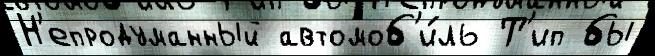
Н'епродуманный автомоб'и́ль Т'ип бы